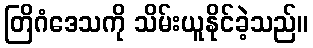
တြိဂံဒေသကို သိမ်းယူနိုင်ခဲ့သည်။